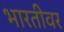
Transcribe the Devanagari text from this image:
भारतीवर